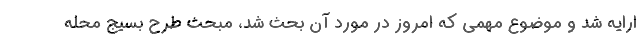
ارایه شد و موضوع مهمی که امروز در مورد آن بحث شد، مبحث طرح بسیج محله